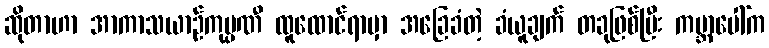
ဆိုတာဟာ အာကာသယာဉ်ကုမ္ပဏီ ထူထောင်ရာမှာ အခြေခံတဲ့ ခံယူချက် တခုဖြစ်ပြီး ကမ္ဘာပေါ်က